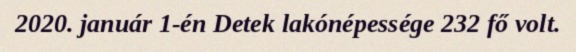
2020. január 1-én Detek lakónépessége 232 fő volt.